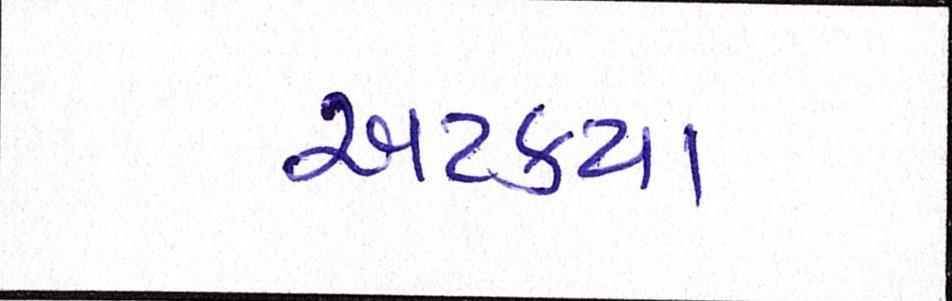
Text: અટક્યા